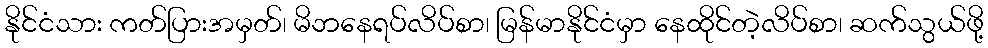
နိုင်ငံသား ကတ်ပြားအမှတ်၊ မိဘနေရပ်လိပ်စာ၊ မြန်မာနိုင်ငံမှာ နေထိုင်တဲ့လိပ်စာ၊ ဆက်သွယ်ဖို့